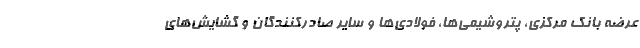
عرضه بانک مرکزی، پتروشیمی‌ها، فولادی‌ها و سایر صادرکنندگان و گشایش‌های